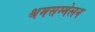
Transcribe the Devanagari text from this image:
श्रमसम्मेलन